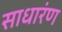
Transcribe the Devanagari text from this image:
साधारंण